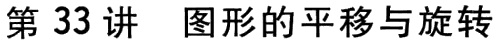
第 33 讲 图形的平移与旋转